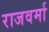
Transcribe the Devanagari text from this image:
राजवर्मा